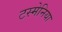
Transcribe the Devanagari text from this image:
टस्मेनिया